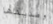
وصديقها